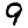
Digit: 9